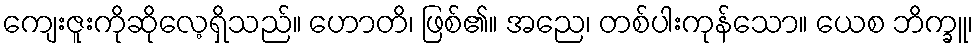
ကျေးဇူးကိုဆိုလေ့ရှိသည်။ ဟောတိ၊ ဖြစ်၏။ အညေ၊ တစ်ပါးကုန်သော။ ယေစ ဘိက္ခူ၊